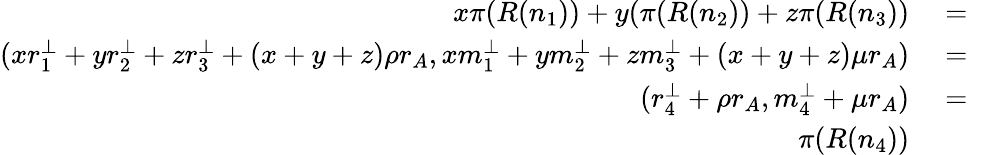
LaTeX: \begin{array}{rlr}{x\pi(R(n_{1}))+y(\pi(R(n_{2}))+z\pi(R(n_{3}))}&{{}=}&{}\\ {(xr_{1}^{\perp}+yr_{2}^{\perp}+zr_{3}^{\perp}+(x+y+z)\rho r_{A},xm_{1}^{\perp}+ym_{2}^{\perp}+zm_{3}^{\perp}+(x+y+z)\mu r_{A})}&{{}=}&{}\\ {(r_{4}^{\perp}+\rho r_{A},m_{4}^{\perp}+\mu r_{A})}&{{}=}&{}\\ {\pi(R(n_{4}))}&{{}}&{}\end{array}